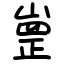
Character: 㟵